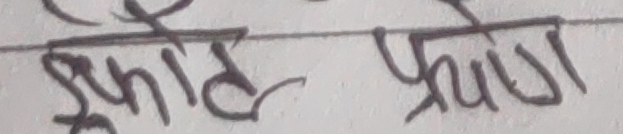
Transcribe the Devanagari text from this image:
डुएट प्रयोग